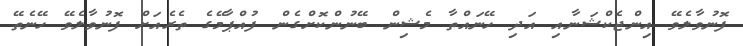
ފޮނުވާލެވޭ އިންޖެކްޝަނާއި އަދި ހޭނައްތާ މެޝިން ބޭނުންކޮށްގެން ފުއްޕާމޭގެ ތެރެއަށް ފޮނުވާލެވޭ ހޭނެތޭ